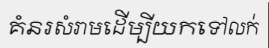
គំនរសំរាមដើម្បីយកទៅលក់